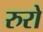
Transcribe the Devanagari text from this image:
रुरो